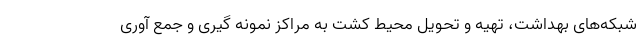
شبکه‌های بهداشت، تهیه و تحویل محیط کشت به مراکز نمونه گیری و جمع آوری